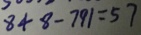
8 4 8 - 7 9 1 = 5 7